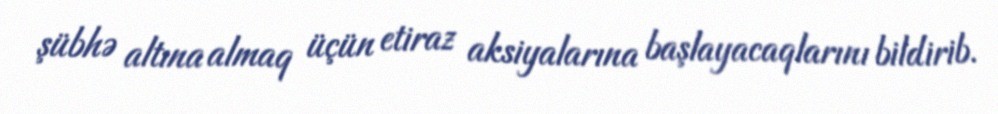
şübhə altına almaq üçün etiraz aksiyalarına başlayacaqlarını bildirib.